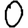
Digit: 0